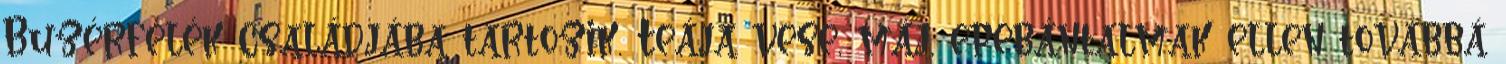
Buzérfélék családjába tartozik. Teája vese, máj, epebántalmak ellen továbbá